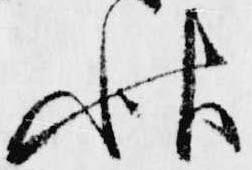
秋